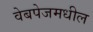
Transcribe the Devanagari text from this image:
वेबपेजमधील